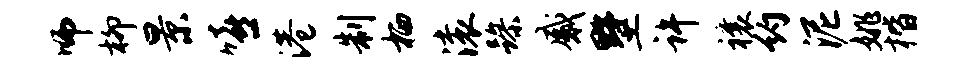
师柳景嘻港制栖滚躁感墅许禳约泥姚楷